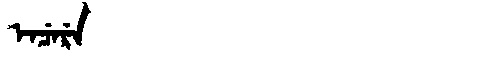
Manchu: ᡝᠨᠴᡝᡵᡝ
Romanization: ENCERE